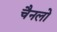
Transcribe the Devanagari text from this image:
चैनलो